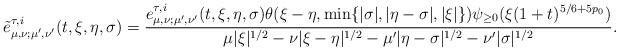
LaTeX: \begin{align*}\tilde{e}_{\mu, \nu;\mu',\nu'}^{ \tau,i}(t,\xi,\eta, \sigma) = \frac{{e}_{\mu, \nu;\mu',\nu'}^{ \tau,i}(t,\xi,\eta, \sigma) \theta(\xi-\eta, \min\{|\sigma|,|\eta-\sigma|,|\xi|\} )\psi_{\geq 0}(\xi(1+t)^{5/6+5p_0})}{\mu |\xi|^{1/2} -\nu|\xi-\eta|^{1/2} - \mu' |\eta-\sigma|^{1/2}-\nu'|\sigma|^{1/2}}.\end{align*}